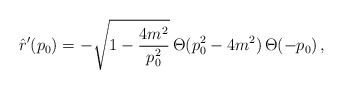
\begin{align*}\hat{r}'(p_0)=-\sqrt{1-\frac{4m^2}{p_0^2}}\,\Theta(p_0^2-4m^2)\,\Theta(-p_0)\,,\end{align*}